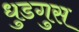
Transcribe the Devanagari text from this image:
धुडगुस